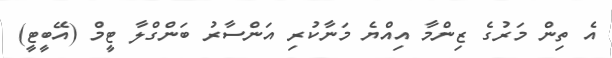
އެ ތިން މަރުގެ ޒިންމާ އިއްޔެ މަނާކުރި އަންސާރު ބަންގްލާ ޓީމް (އޭބީޓީ)